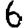
Digit: 6